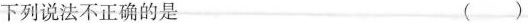
下列说法不正确的是 ()